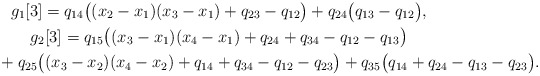
\begin{gather*}g_1[3]= q_{14} \big((x_2-x_1)(x_3-x_1)+q_{23}-q_{12} \big)+ q_{24}\big(q_{13}-q_{12} \big), \\g_2[3]= q_{15} \big((x_3-x_1)(x_4-x_1)+q_{24}+q_{34}-q_{12}-q_{13} \big)\\\hphantom{g_1[3]=}{} +q_{25} \big((x_3-x_2)(x_4-x_2) +q_{14}+q_{34}-q_{12}-q_{23} \big) +q_{35} \big(q_{14}+q_{24}-q_{13}-q_{23} \big).\end{gather*}